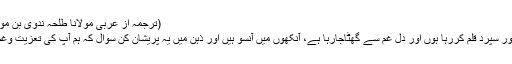
(ترجمہ از عربی مولانا طلحہ ندوی بن مولانا ابوسلمہ رضي الله تعالى عنه)
”میں جناب کی خدمت میں یہ سطور سپرد قلم کررہا ہوں اور دل غم سے گھٹاجارہا ہے، آنکھوں میں آنسو ہیں اور ذہن میں یہ پریشان کن سوال کہ ہم آپ کی تعزیت وغم خواری کررہے ہیں یا خود اپنی۔